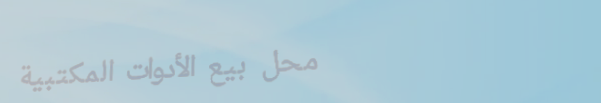
محل بيع الأدوات المكتبية